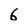
Character: 6